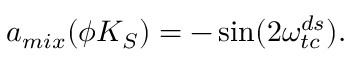
a _ { m i x } ( \phi K _ { S } ) = - \sin ( 2 \omega _ { t c } ^ { d s } ) .